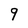
Character: 9